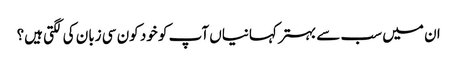
ان میں سب سے بہتر کہانیاں آپ کو خود کون سی زبان کی لگتی ہیں؟